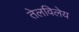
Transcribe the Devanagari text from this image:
तेलविलेय